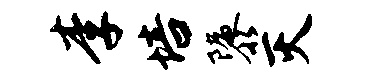
李培隳灭